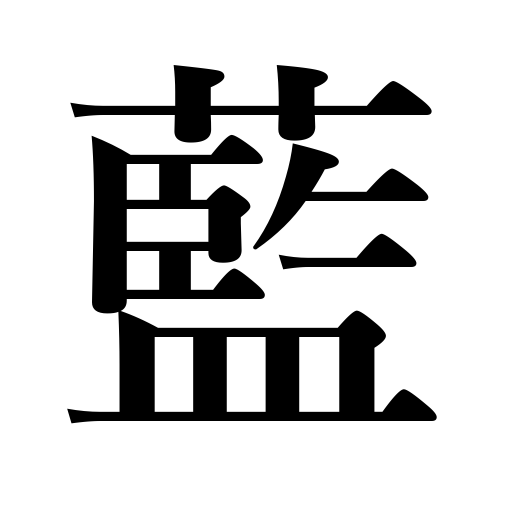
Meanings: indigo plant,indigo blue